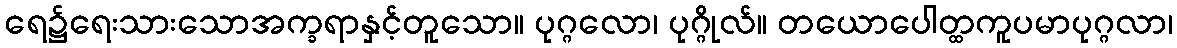
ရေ၌ရေးသားသောအက္ခရာနှင့်တူသော။ ပုဂ္ဂလော၊ ပုဂ္ဂိုလ်။ တယောပေါတ္ထကူပမာပုဂ္ဂလာ၊